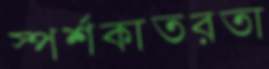
স্পর্শকাতরতা